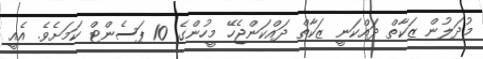
މުދަލުން ޒަކާތް ދައްކަނީ ޒަކާތް ދައްކަންޖެހޭ މީހުންގެ 10 ޕަސެންޓް ކަމަށެވެ. އެއީ